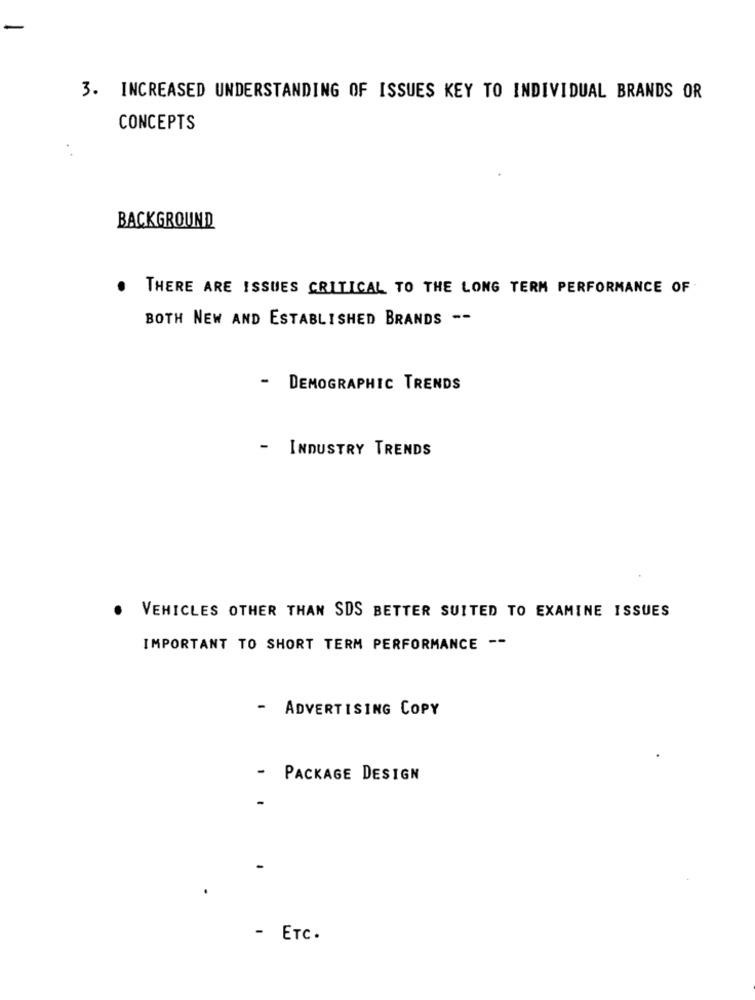
-
3. INCREASED UNDERSTANDING OF ISSUES KEY TO INDIVIDUAL BRANDS OR
CONCEPTS
BACKGROUND
THERE ARE ISSUES CRITICAL TO THE LONG TERM PERFORMANCE OF
BOTH NEW AND ESTABLISHED BRANDS --
- DEMOGRAPHIC TRENDS
- INDUSTRY TRENDS
. VEHICLES OTHER THAN SDS BETTER SUITED TO EXAMINE ISSUES
IMPORTANT TO SHORT TERM PERFORMANCE --
- ADVERTISING COPY
-
PACKAGE DESIGN
- ETC.